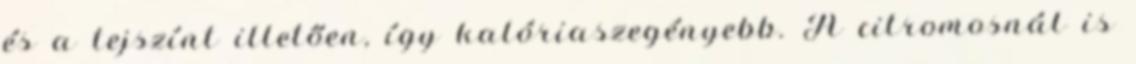
és a tejszínt illetően, így kalóriaszegényebb. A citromosnál is